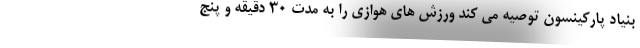
بنیاد پارکینسون توصیه می کند ورزش های هوازی را به مدت 30 دقیقه و پنج